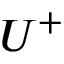
U ^ { + }